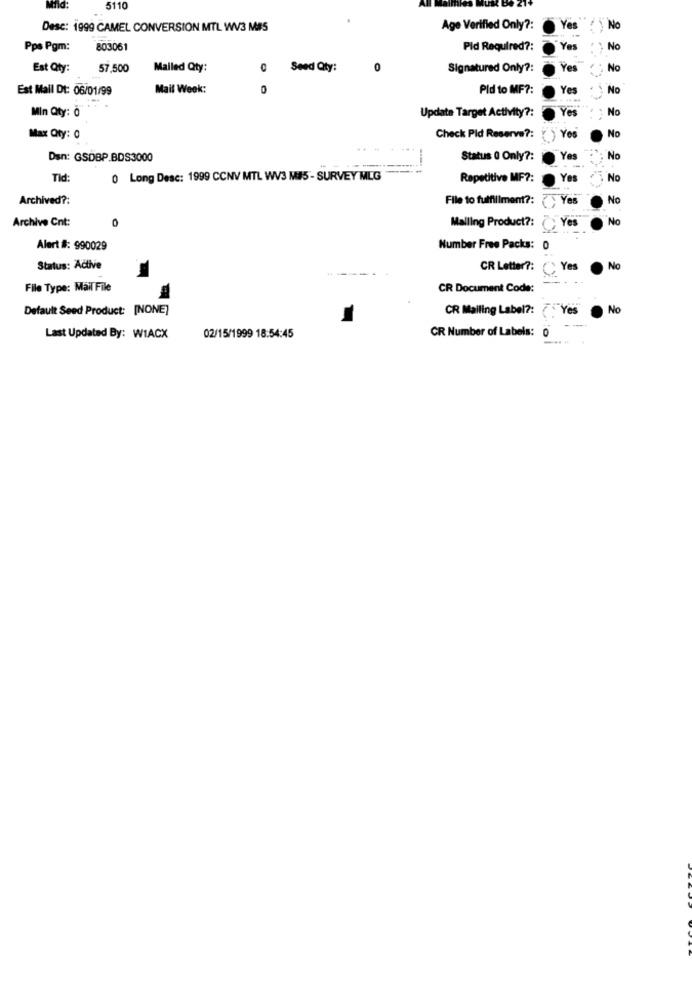
Mild:
5110
Desc: 1999 CAMEL CONVERSION MTL WV3 MES
Age Verified Only ?:
Yes
No
Pps Pgm:
803061
Pid Required ?:
Yes
No
Est Qty:
57,500
Mailed Qty:
Seed Qty:
Signatured Only ?:
Yes
No
0
Est Mail Dt: 06/01/99
Mail Week:
0
Pld to MF ?:
Yes
No
Min Qty: 0
YO
No
Update Target Activity ?:
Max Qty: 0
Check Pid Reserve ?: ( ) Yes
No
Den: GSDBP BDS3000
-
Status 0 Only ?:
Ye
-
No
Tid:
0 Long Desc: 1999 CCNV MTL WV3 M#5 - SURVEY MLG
Repetitive MF ?:
Yes
No
Archived ?:
File to fulfillment ?:
Yes
No
Archive Cnt:
0
Yes
No
Malling Product ?:
Alert #: 990029
Number Free Packs: 0
Status: Active
CR Letter ?:
Yes
No
File Type: Mail File
CR Document Code:
Default Seed Product: [NONE)
CR Mailing Label ?:
(. Yes
No
CR Number of Labels:
0
Last Updated By: WIACX
02/15/1999 18:54:45